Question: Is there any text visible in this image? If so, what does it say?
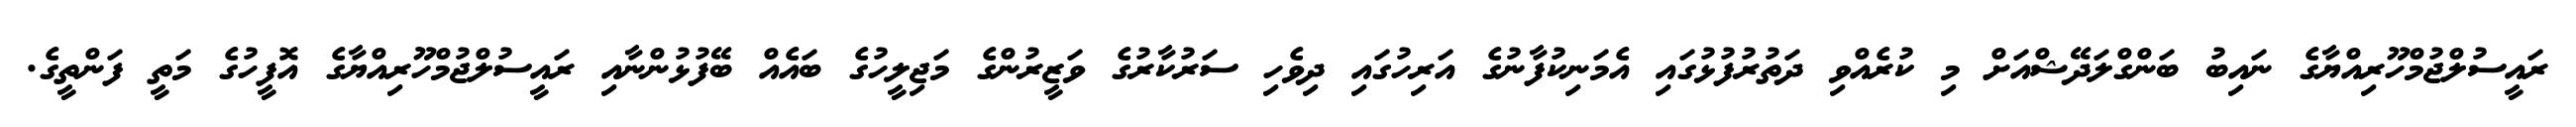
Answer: ރައީސުލްޖުމްހޫރިއްޔާގެ ނައިބު ބަންގްލަދޭޝްއަށް މި ކުރެއްވި ދަތުރުފުޅުގައި އެމަނިކުފާނުގެ އަރިހުގައި ދިވެހި ސަރުކާރުގެ ވަޒީރުންގެ މަޖިލީހުގެ ބައެއް ބޭފުޅުންނާއި ރައީސުލްޖުމްހޫރިއްޔާގެ އޮފީހުގެ މަތީ ފަންތީގެ.